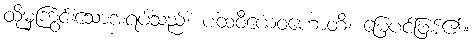
ထိုမှကြွင်းသောအရပ်သည်။ ပထဝီယေဝဟောတိ၊ မြေပင်ဖြစ်၏။